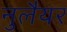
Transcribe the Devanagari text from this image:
नुलैयर